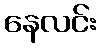
နေလင်း